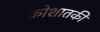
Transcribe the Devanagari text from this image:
कोशातकी